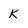
Character: K